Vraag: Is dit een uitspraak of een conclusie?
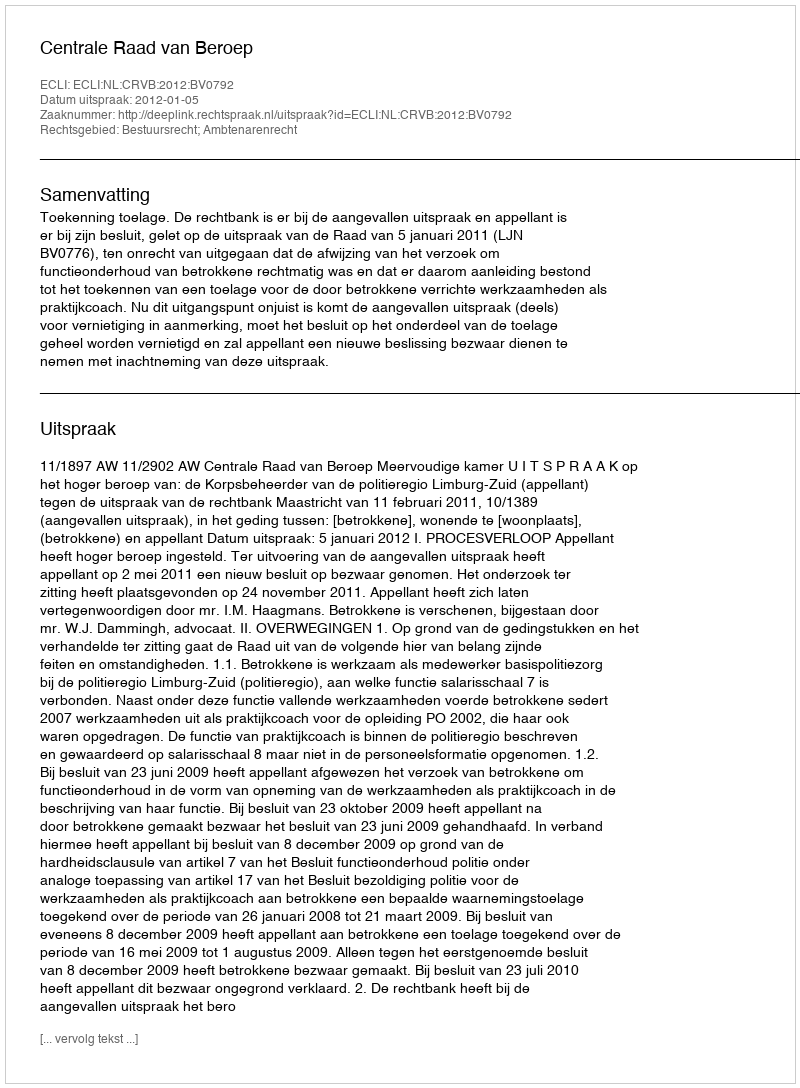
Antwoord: Uitspraak